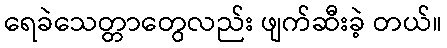
ရေခဲသေတ္တာတွေလည်း ဖျက်ဆီးခဲ့ တယ်။